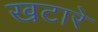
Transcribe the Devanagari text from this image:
खटारे